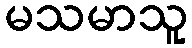
မသမာသူ